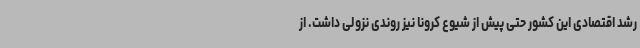
رشد اقتصادی این کشور حتی پیش از شیوع کرونا نیز روندی نزولی داشت. از